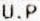
U.P